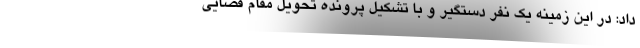
داد: در این زمینه یک نفر دستگیر و با تشکیل پرونده تحویل مقام قضایی